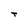
Character: T